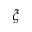
\xi